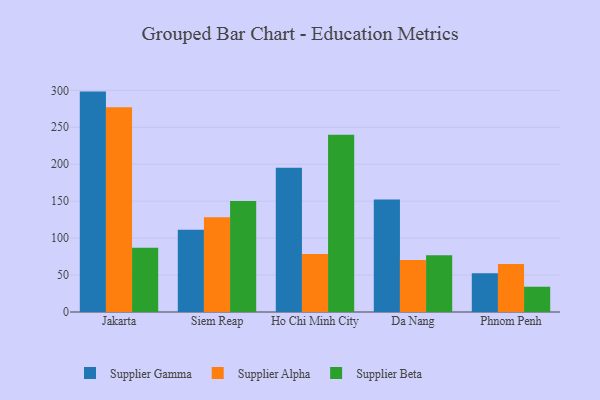
{"axis": {"x": "City", "y": "Shipments"}, "legend": ["Supplier Alpha", "Supplier Beta", "Supplier Gamma"], "data": [{"x": "Jakarta", "y": 298.3, "type": "Supplier Gamma"}, {"x": "Jakarta", "y": 277.2, "type": "Supplier Alpha"}, {"x": "Jakarta", "y": 87.0, "type": "Supplier Beta"}, {"x": "Siem Reap", "y": 111.2, "type": "Supplier Gamma"}, {"x": "Siem Reap", "y": 128.1, "type": "Supplier Alpha"}, {"x": "Siem Reap", "y": 150.4, "type": "Supplier Beta"}, {"x": "Ho Chi Minh City", "y": 195.1, "type": "Supplier Gamma"}, {"x": "Ho Chi Minh City", "y": 78.6, "type": "Supplier Alpha"}, {"x": "Ho Chi Minh City", "y": 240.0, "type": "Supplier Beta"}, {"x": "Da Nang", "y": 152.3, "type": "Supplier Gamma"}, {"x": "Da Nang", "y": 70.4, "type": "Supplier Alpha"}, {"x": "Da Nang", "y": 76.7, "type": "Supplier Beta"}, {"x": "Phnom Penh", "y": 52.6, "type": "Supplier Gamma"}, {"x": "Phnom Penh", "y": 65.1, "type": "Supplier Alpha"}, {"x": "Phnom Penh", "y": 34.2, "type": "Supplier Beta"}]}